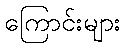
ကြောင်းများ